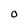
Character: o